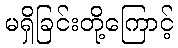
မရှိခြင်းတို့ကြောင့်